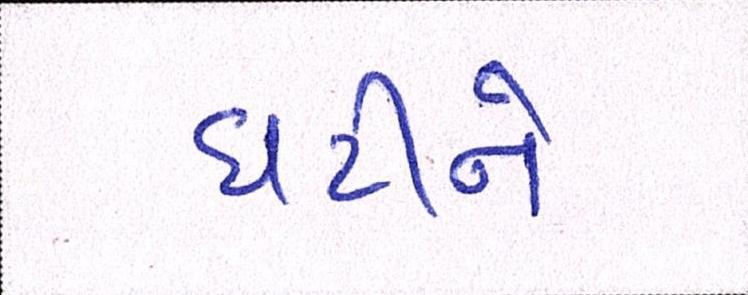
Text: ઘટીને